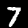
Label: 7